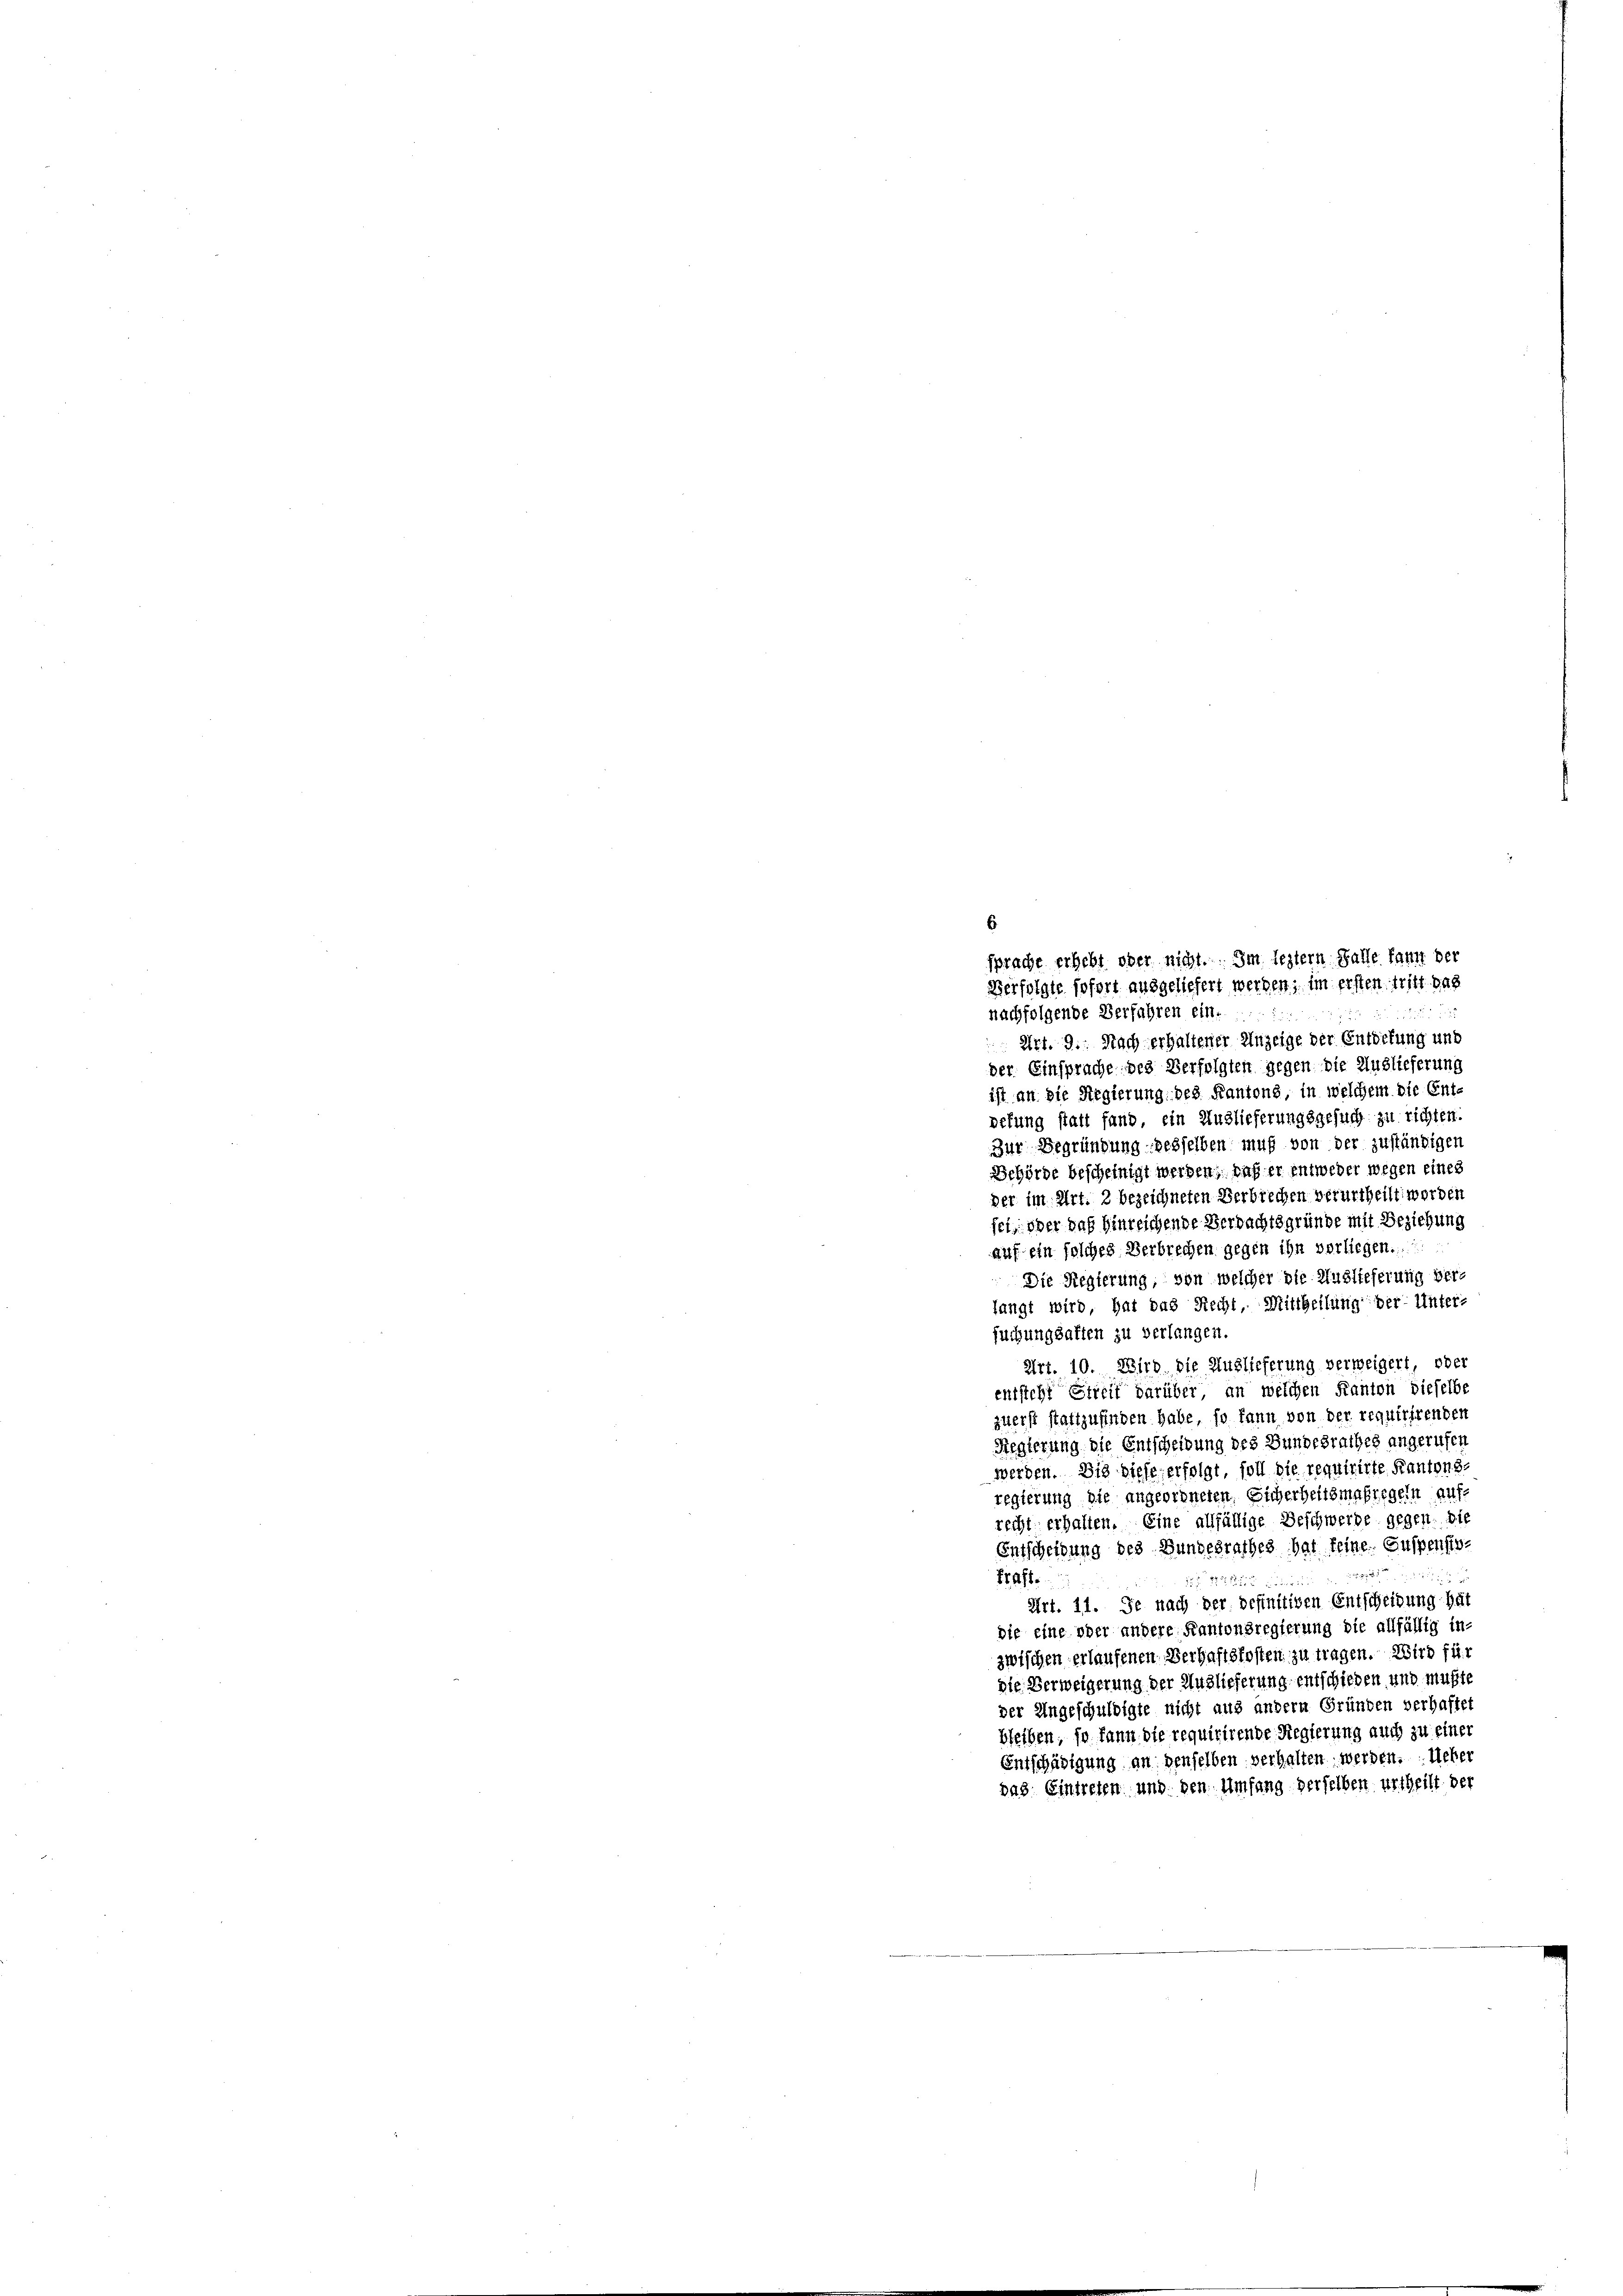
sprache erhebt ober nicht. Im leztern Falle kann der
Verfolgte sofort ausgeliefert werden; im ersten tritt das
nachfolgende Verfahren ein.
 Art. 9. Nach erhaltener Anzeige der Entretung und
der Einsprache des Verfolgten gegen die Auslieferung
ist an die Regierung des Kantons, in welchem die Ent-
pefung statt fand, ein Auslieferungsgesuch zu richten.
Zur Begründung desselben muß von der zuständigen
Behörde bescheinigt werden, daß er entweder wegen eines
der im Art. 2 bezeichneten Verbrechen verurtheilt worden
fet, oder das hinreichende Verdachtsgründe mit Beziehung
auf ein solches Verbrechen gegen ihn vorliegen.
Die Regierung, von welcher die Auslieferung ver-
langt wird, hat das Recht Mittheilung der Unter-
suchungsalten zu verlangen.
Art. 10. Wird die Auslieferung verweigert, oder
entsteht Streit darüber, an welchen Kanton dieselbe
zuerst stattzufinden habe, so kann von der requirirenden
Regierung die Entscheidung des Bundesrathes angerufen
werden. Die diese erfolgt, soll die requirirte Kantons-
regierung die angeordneten Sicherheitsmaßregeln aufrecht erhalten. Eine allfällige Beschwerde gegen. Die
Entscheidung des Bundesrathes hat feine. Suspensto¬
  202. 12

kraft.
22 der in
Art. 11. Je nach der definitiven Entscheidung hat
die eine oder andere Kantonsregierung die allfällig in-
zwischen erlaufenen Verhaftskosten zu tragen. Wird für
die Verweigerung der Auslieferung entschieden und mußte
der Ungeschuldigte nicht aus andern Gründen verhaftet
bleiben, so kann die requirirende Regierung auch zu einer
Entschädigung an denselben verhalten werden. Ueber
das Eintreten und den Umfang derselben urtheilt der

6